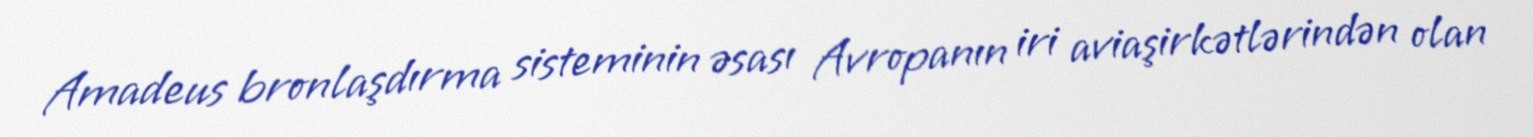
Amadeus bronlaşdırma sisteminin əsası Avropanın iri aviaşirkətlərindən olan